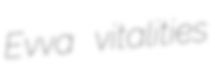
Evva vitalities